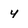
Character: y